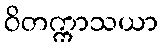
ဝိတက္ကာသယာ